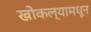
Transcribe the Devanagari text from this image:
खोकल्यामधून